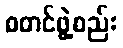
စတင်ဖွဲ့စည်း